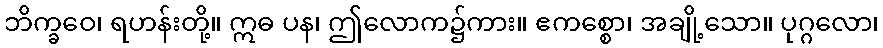
ဘိက္ခဝေ၊ ရဟန်းတို့။ ဣဓ ပန၊ ဤလောက၌ကား။ ဧကစ္စော၊ အချို့သော။ ပုဂ္ဂလော၊